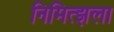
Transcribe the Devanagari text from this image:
निमित्झला